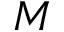
M